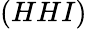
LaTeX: (HHI)